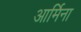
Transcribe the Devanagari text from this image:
आर्मिना